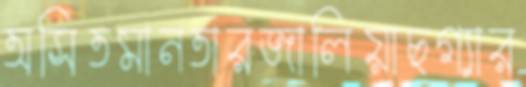
অসিতমানতারজালিয়াছগ্যার